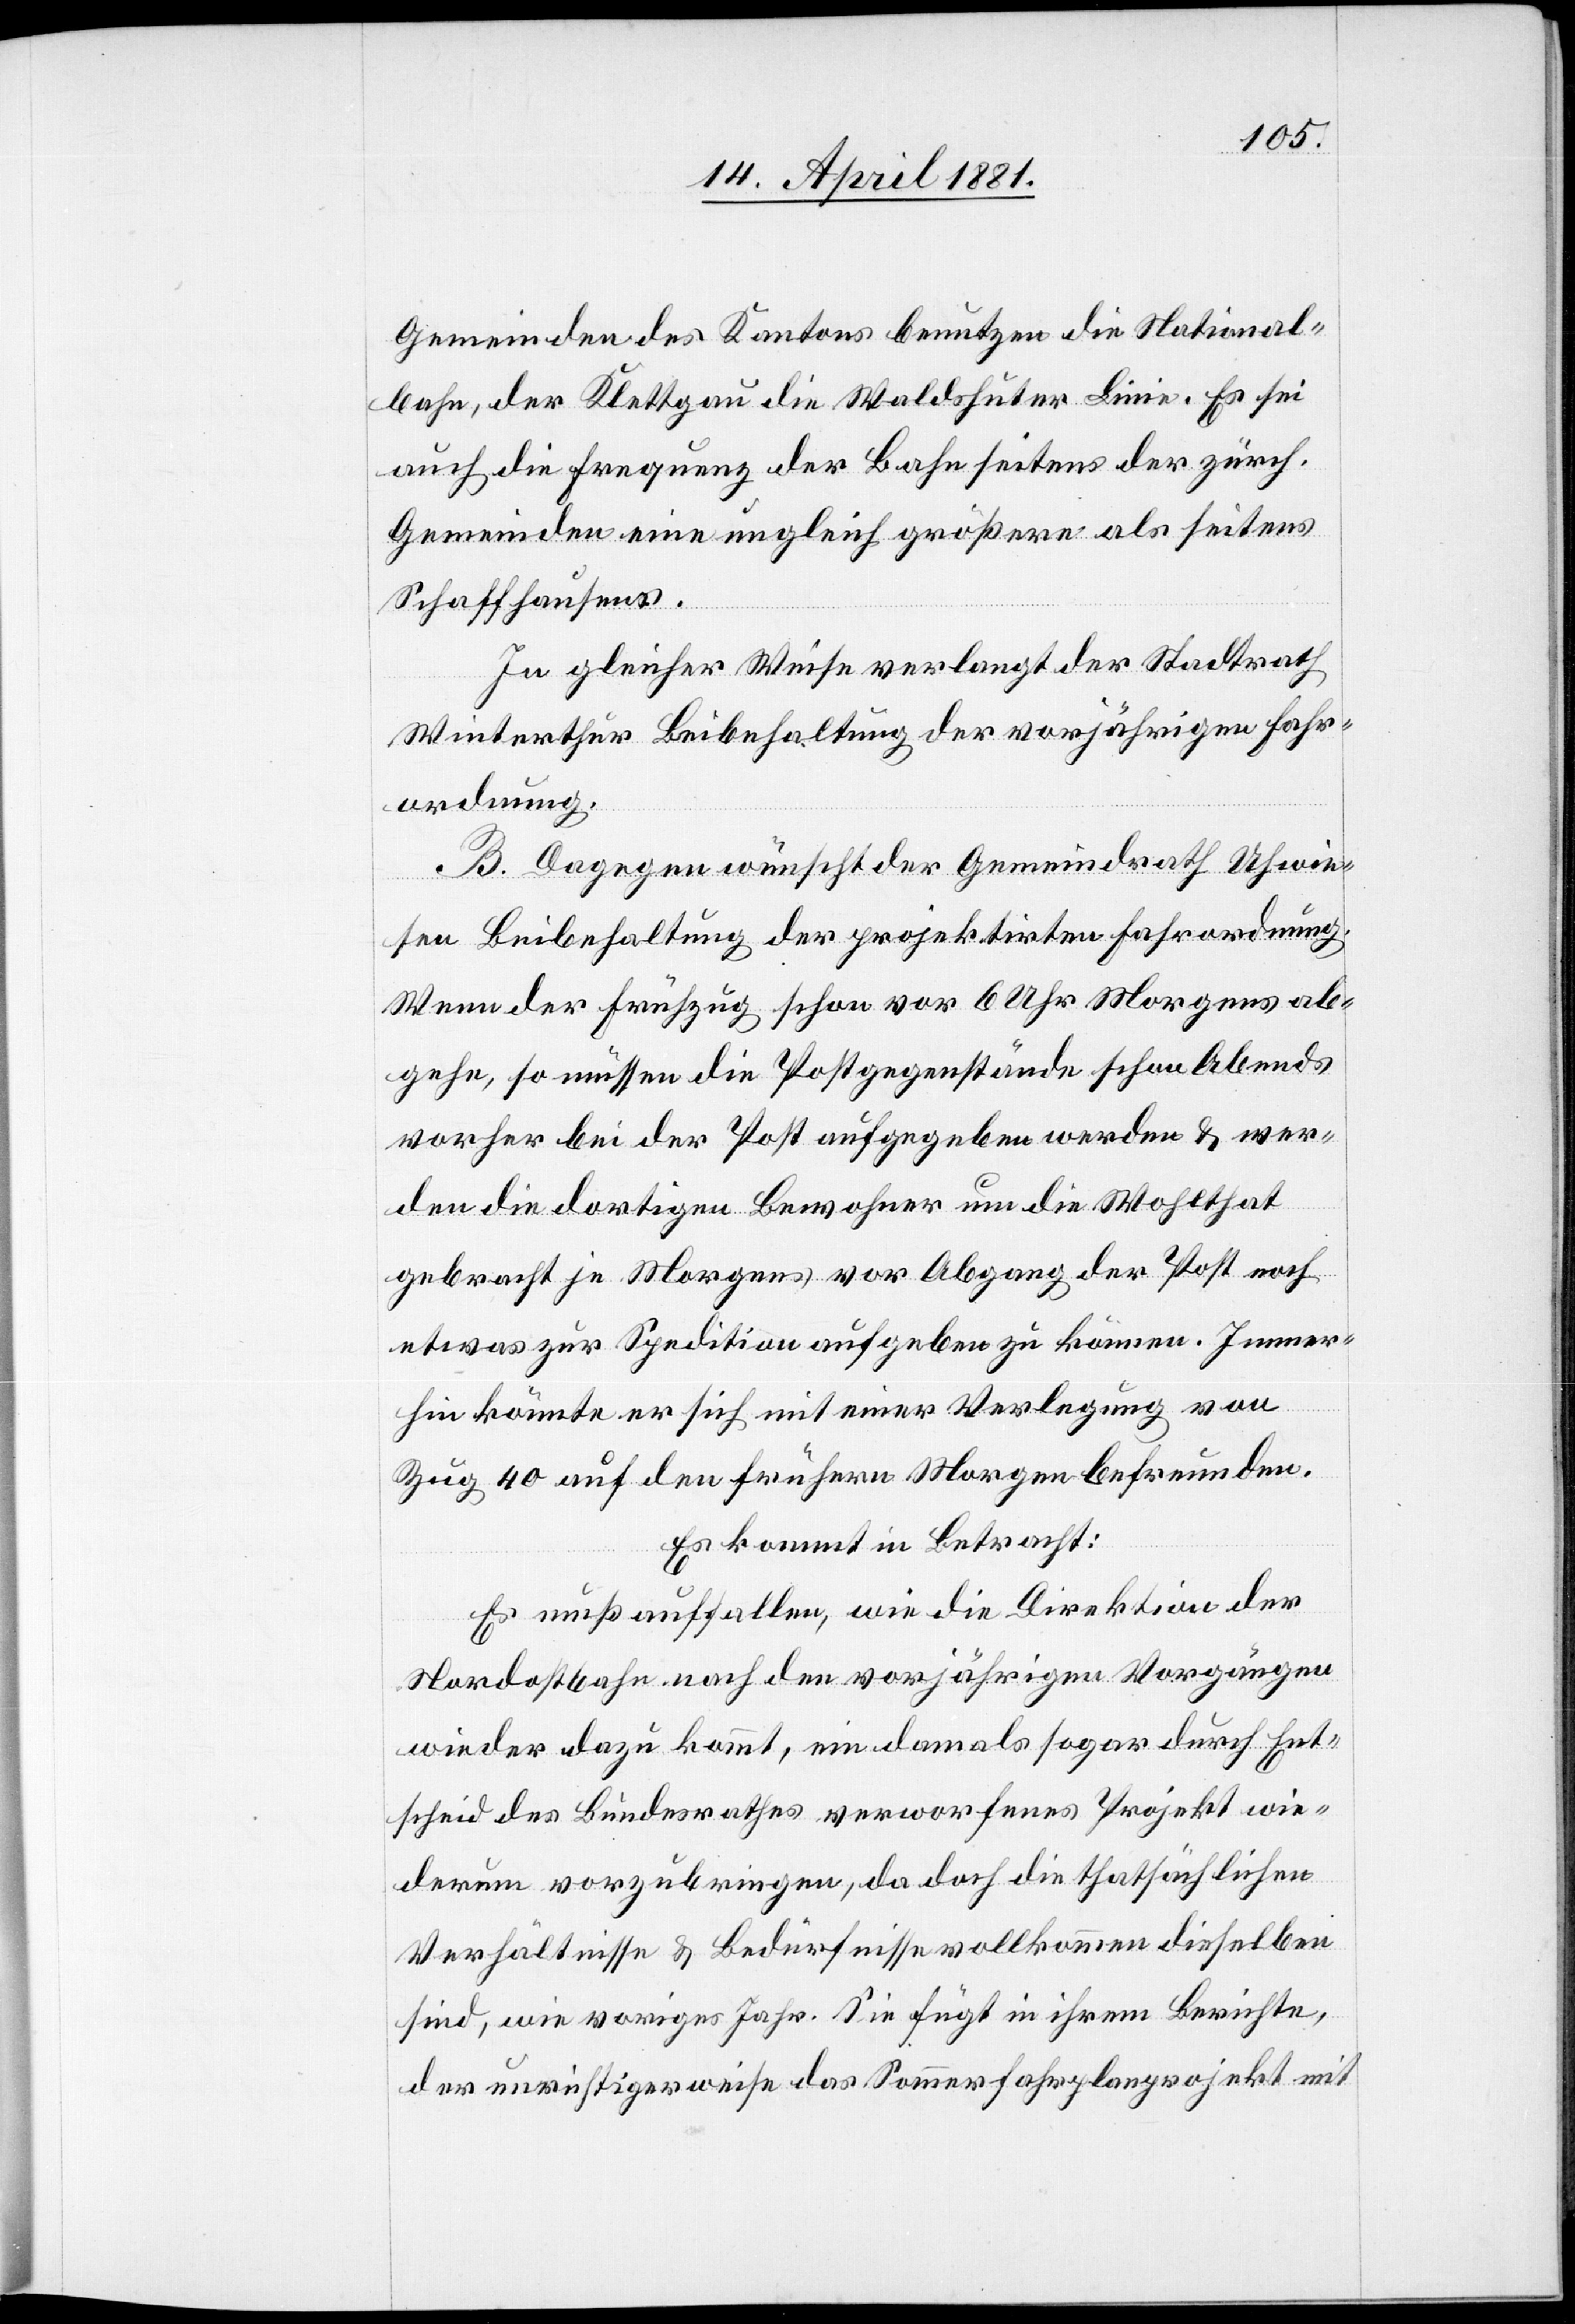
Gemeinden des Kantons benutzen die National¬
bahn, der Klettgau die Waldshuter Linie. Es sei
auch die Frequenz der Bahn seitens der zürch.
Gemeinden eine ungleich größere als seitens
Schaffhausens.
In gleicher Weise verlangt der Stadtrath
Winterthur Beibehaltung der vorjährigen Fahr¬
ordnung.
B. Dagegen wünscht der Gemeindrath Uhwie¬
sen Beibehaltung der projektirten Fahrordnung.
Wenn der Frühzug schon vor 6 Uhr Morgens ab¬
gehe, so müssen die Postgegenstände schon Abends
vorher bei der Post aufgegeben werden & wer¬
den die dortigen Bewohner um die Wohlthat
gebracht je Morgens vor Abgang der Post noch
etwas zur Spedition aufgeben zu können. Immer¬
hin könnte er sich mit einer Verlegung von
Zug 40 auf den frühern Morgen befreunden.
Es kommt in Betracht:
Es muß auffallen, wie die Direktion der
Nordostbahn nach den vorjährigen Vorgängen
wieder dazu kommt, ein damals sogar durch Ent¬
scheid des Bundesrathes verworfenes Projekt wie¬
derum vorzubringen, da doch die thatsächlichen
Verhältnisse & Bedürfnisse vollkommen dieselben
sind, wie voriges Jahr. Sie fügt in ihrem Berichte,
der unrichtigerweise das Sommerfahrplanprojekt mit